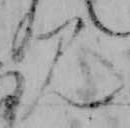
み